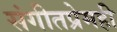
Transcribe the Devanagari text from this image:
संगीतप्रेमही